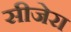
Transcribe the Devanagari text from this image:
सीजेरा